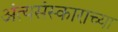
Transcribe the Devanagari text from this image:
अंत्यसंस्काराच्या